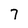
Character: 7